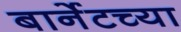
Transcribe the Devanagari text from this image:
बार्नेटच्या